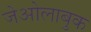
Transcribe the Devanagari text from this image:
जेओलाबुक